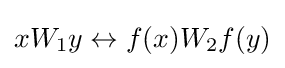
xW_{1}y\leftrightarrow f(x)W_{2}f(y)